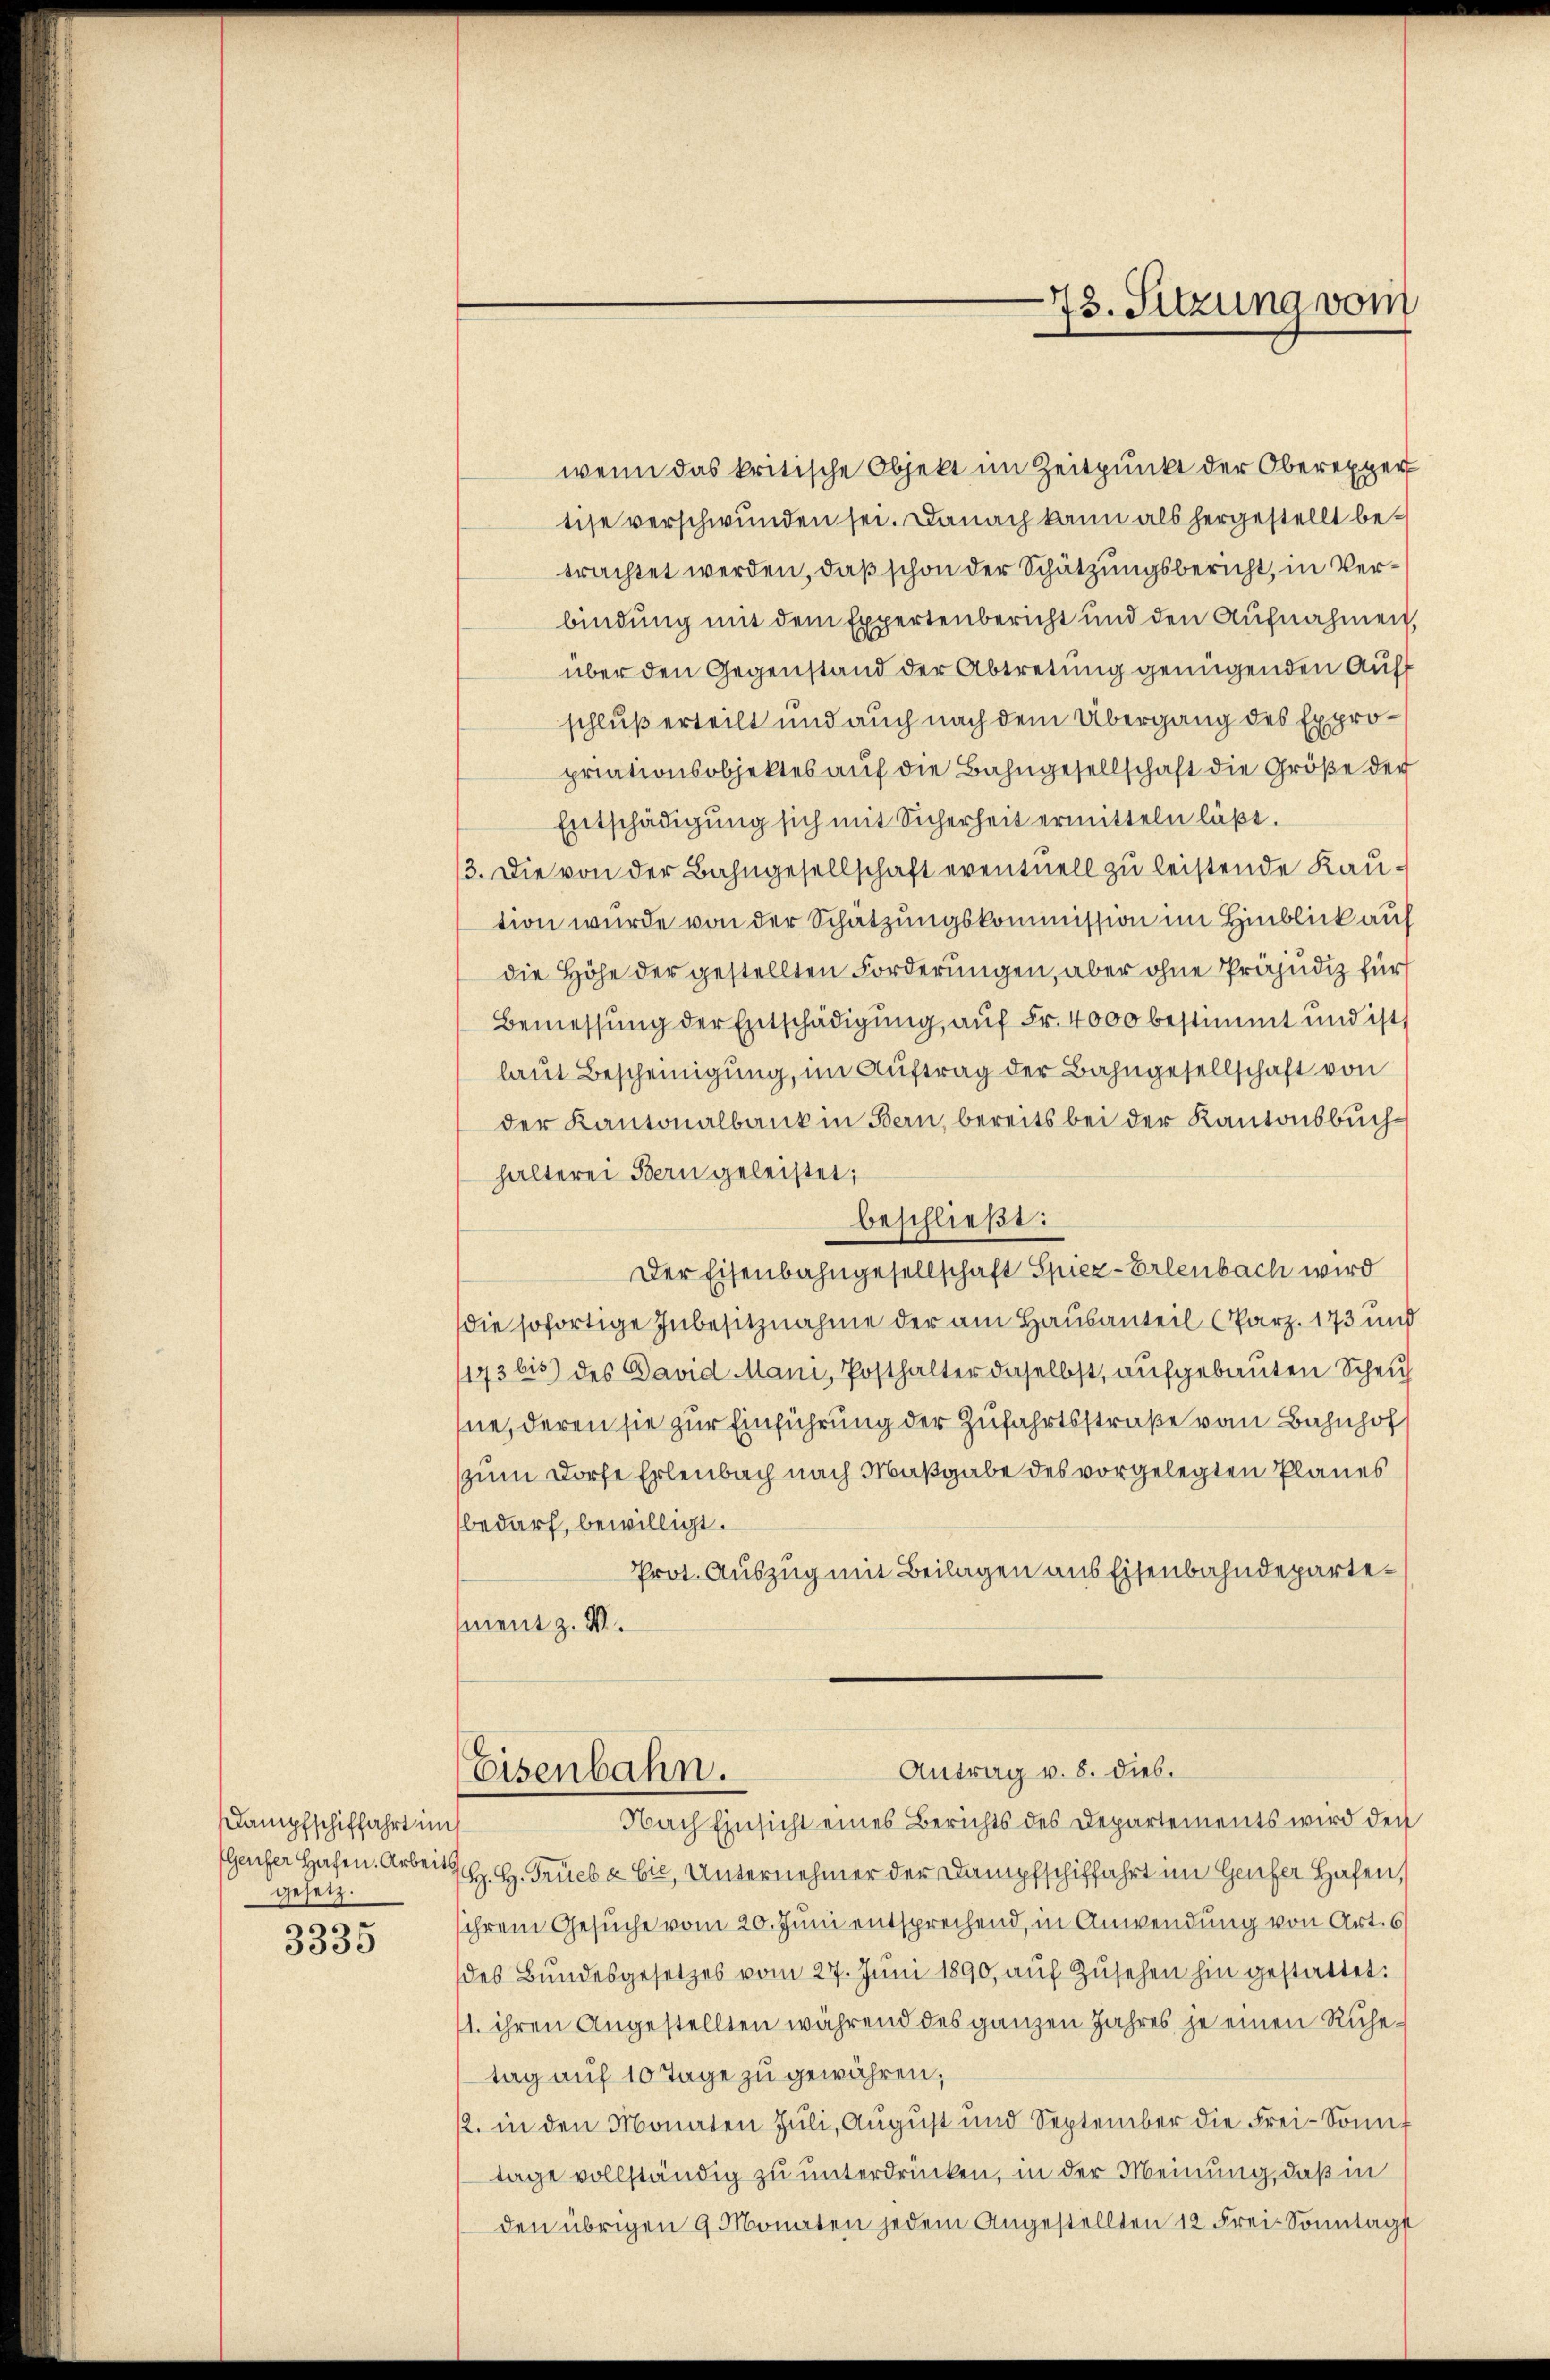
Kampfschiffahrt im
gesetz.

3335

tise verschwunden sei. Danach kann als hergestellt betrachtet werden, daß schon der Schätzungsbericht, in Verbindung mit dem Expertenbericht und den Aufnahmen,
über den Gegenstand der Abtretung genügenden Auff
schluß erteilt und auch nach dem Übergang des Expropriationsobjektes auf die Bahngesellschaft die Größe der
Entschädigŭng sich mit Sicherheit ermitteln läßt.
3. Die von der Bahngesellschaft eventuell zu leistende Kaution wurde von der Schätzungskommission im Hinblick auf
die Höhe der gestellten Forderungen, aber ohne Präjudiz für
Bemessung der Entschädigung, auf Fr. 4000 bestimmt und ist,
laut Bescheinigung, im Auftrag der Bahngesellschaft von
der Kantonalbank in Bern, bereits bei der Kantonsbuchhalterei Bern geleistet;
Der Eisenbahngesellschaft Spiez-Erlenbach wird
die sofortige Inbesitznahme der am Hausanteil (Parz. 173 und
173 bis des David Mani, Posthalter daselbst, aufgebauten Scheut
hne, deren sie zur Einführung der Zufahrtsstraße vom Bahnhof
zum Dorfe Erlenbach nach Maßgabe des vorgelegten Planes
bedarf, bewilligt.
Prot. Auszug mit Beilagen aus Eisenbahndepartement z. B.
Antrag v. 8. dies.
Eisenbahn.
Nach Einsicht eines Berichts des Departements wird den
Genfer Hafen. Arbeits H. H. Trieb & Cie, Unternehmer der Dampfschiffahrt im Genfer Hafen,
ihrem Gesuche vom 20. Juni entsprechend, in Anwendung von Art. 6
des Bŭndesgesetzes vom 27. Jŭni 1890, aŭf Zŭsehen hin gestattet:
1. ihren Angestellten während des ganzen Jahres je einen Ruhetag auf 10 Tage zu gewähren;
2. in den Monaten Juli, Aŭgŭst und September die Frei-Sonnt
tage vollständig zu unterdrücken, in der Meinung, daß in
den übrigen 9 Monaten jedem Angestellten 12 Frei-Sonntags

43. Sitzung vom

wenn das kritische Objekt im Zeitpunkt der Oberexper

beschließt: